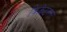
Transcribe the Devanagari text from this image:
क्रिकेटनंतर